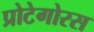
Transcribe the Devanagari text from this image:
प्रोटेगोरस